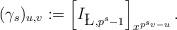
LaTeX: \begin{align*}(\gamma_s)_{u,v} := \Bigl[ I_{\L,p^s-1}\Bigr]_{x^{p^s v - u}} \,.\end{align*}